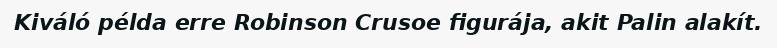
Kiváló példa erre Robinson Crusoe figurája, akit Palin alakít.